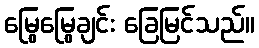
မြွေမြွေချင်း ခြေမြင်သည်။